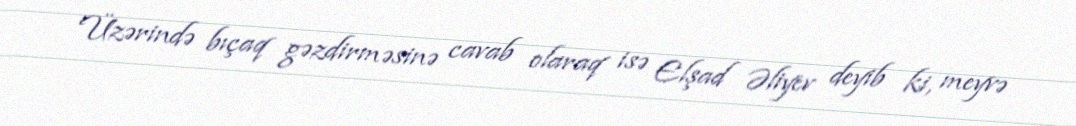
Üzərində bıçaq gəzdirməsinə cavab olaraq isə Elşad Əliyev deyib ki, meyvə